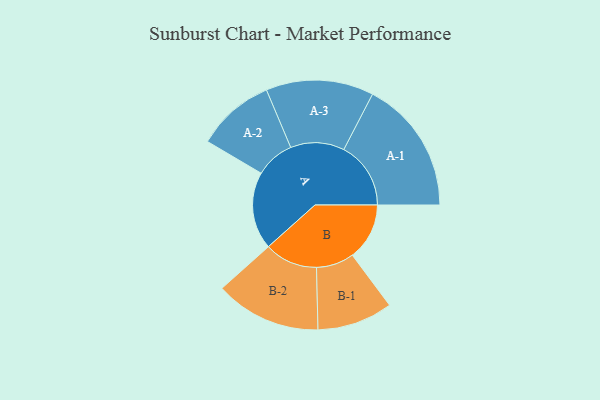
{"axis": {"x": "Segment", "y": "Value"}, "legend": ["", "A", "B"], "data": [{"x": "A", "y": 289, "type": ""}, {"x": "B", "y": 213, "type": ""}, {"x": "A-1", "y": 250, "type": "A"}, {"x": "A-2", "y": 146, "type": "A"}, {"x": "A-3", "y": 201, "type": "A"}, {"x": "B-1", "y": 141, "type": "B"}, {"x": "B-2", "y": 198, "type": "B"}]}